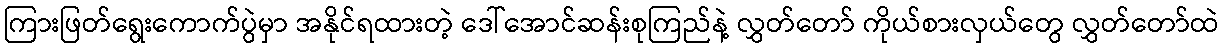
ကြားဖြတ်ရွေးကောက်ပွဲမှာ အနိုင်ရထားတဲ့ ဒေါ်အောင်ဆန်းစုကြည်နဲ့ လွှတ်တော် ကိုယ်စားလှယ်တွေ လွှတ်တော်ထဲ